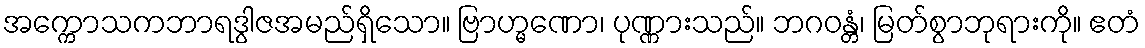
အက္ကောသကဘာရဒွါဇအမည်ရှိသော။ ဗြာဟ္မဏော၊ ပုဏ္ဏားသည်။ ဘဂဝန္တံ၊ မြတ်စွာဘုရားကို။ ဧတံ